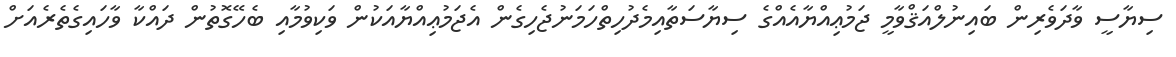
ސިޔާސީ ވާދަވެރިން ބައިނުލްއަޤްވާމީ ޖަމުޢިއްޔާއެއްގެ ސިޔާސަތާއިމެދުހިތްހަމަނުޖެހިގެން އެޖަމުޢިއްޔާއަކުން ވަކިވުމާއި ބެހޭގޮތުން ދައްކާ ވާހައިގެތެރެއަށް